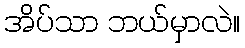
အိပ်သာ ဘယ်မှာလဲ။